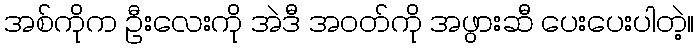
အစ်ကိုက ဦးလေးကို အဲဒီ အဝတ်ကို အဖွားဆီ ပေးပေးပါတဲ့။